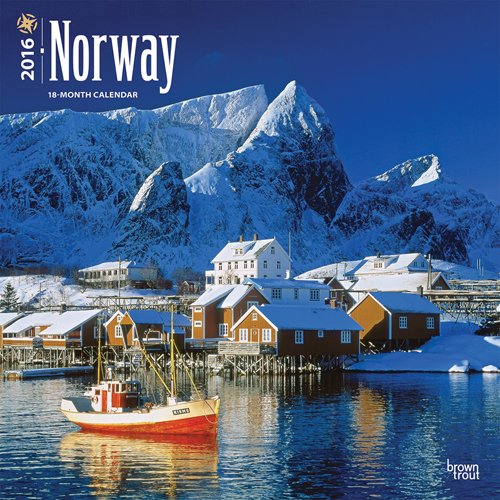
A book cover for Norway 2016 Square 12x12; Browntrout Publishers; Calendars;